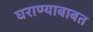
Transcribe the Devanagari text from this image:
घराण्याबाबत